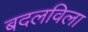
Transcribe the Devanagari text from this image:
बदलविला